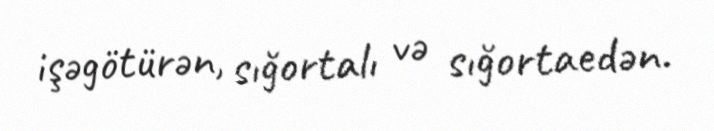
işəgötürən, sığortalı və sığortaedən.